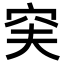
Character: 𥥂